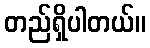
တည်ရှိပါတယ်။